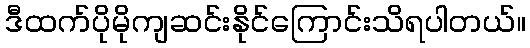
ဒီထက်ပိုမိုကျဆင်းနိုင်ကြောင်းသိရပါတယ်။